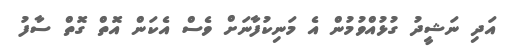
އަދި ނަޝީދު ގުޅުއްވުމުން އެ މަނިކުފާނަށް ވެސް އެކަން އޮތް ގޮތް ސާފު